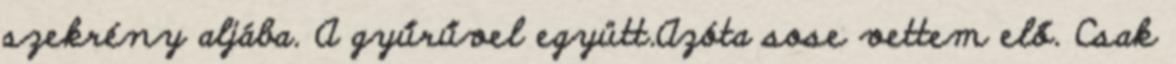
szekrény aljába. A gyűrűvel együtt.Azóta sose vettem elő. Csak